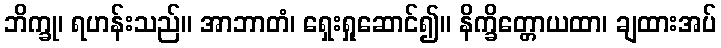
ဘိက္ခု၊ ရဟန်းသည်။ အာဘာတံ၊ ရှေးရှုဆောင်၍။ နိက္ခိတ္တောယထာ၊ ချထားအပ်